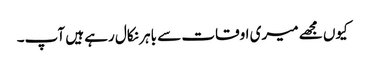
کیوں مجھے میری اوقات سے باہر نکال رہے ہیں آپ۔